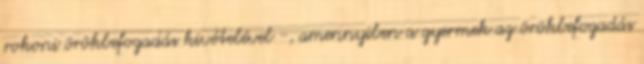
rokoni örökbefogadás kivételével -, amennyiben a gyermek az örökbefogadás